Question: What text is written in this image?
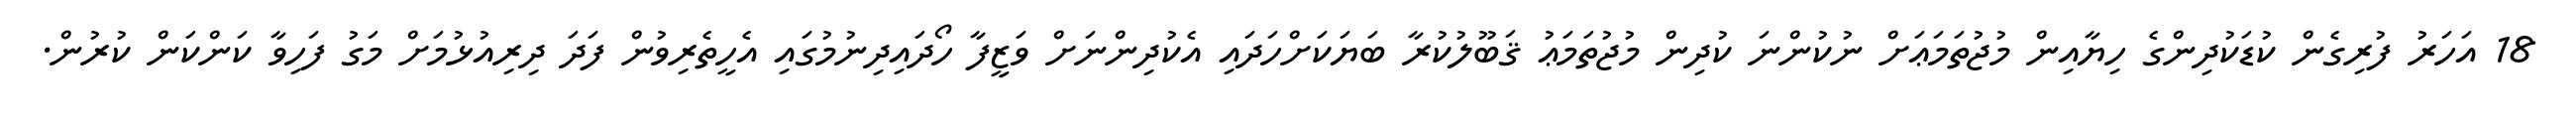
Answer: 18 އަހަރު ފުރިގެން ކުޑަކުދިންގެ ހިޔާއިން މުޖުތަމަޢަށް ނުކުންނަ ކުދިން މުޖުތަމަޢު ޤަބޫލުކުރާ ބަޔަކަށްހަދައި އެކުދިންނަށް ވަޒީފާ ހޯދައިދިނުމުގައި އެހީތެރިވުން ފަދަ ދިރިއުޅުމަށް މަގު ފަހިވާ ކަންކަން ކުރުން.